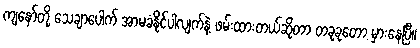
ကျနော်တို့ သေချာပေါက် အာမခံနိုင်ပါလျက်နဲ့ ဖမ်းထားတယ်ဆိုတာ တခုခုတော့ မှားနေပြီ။